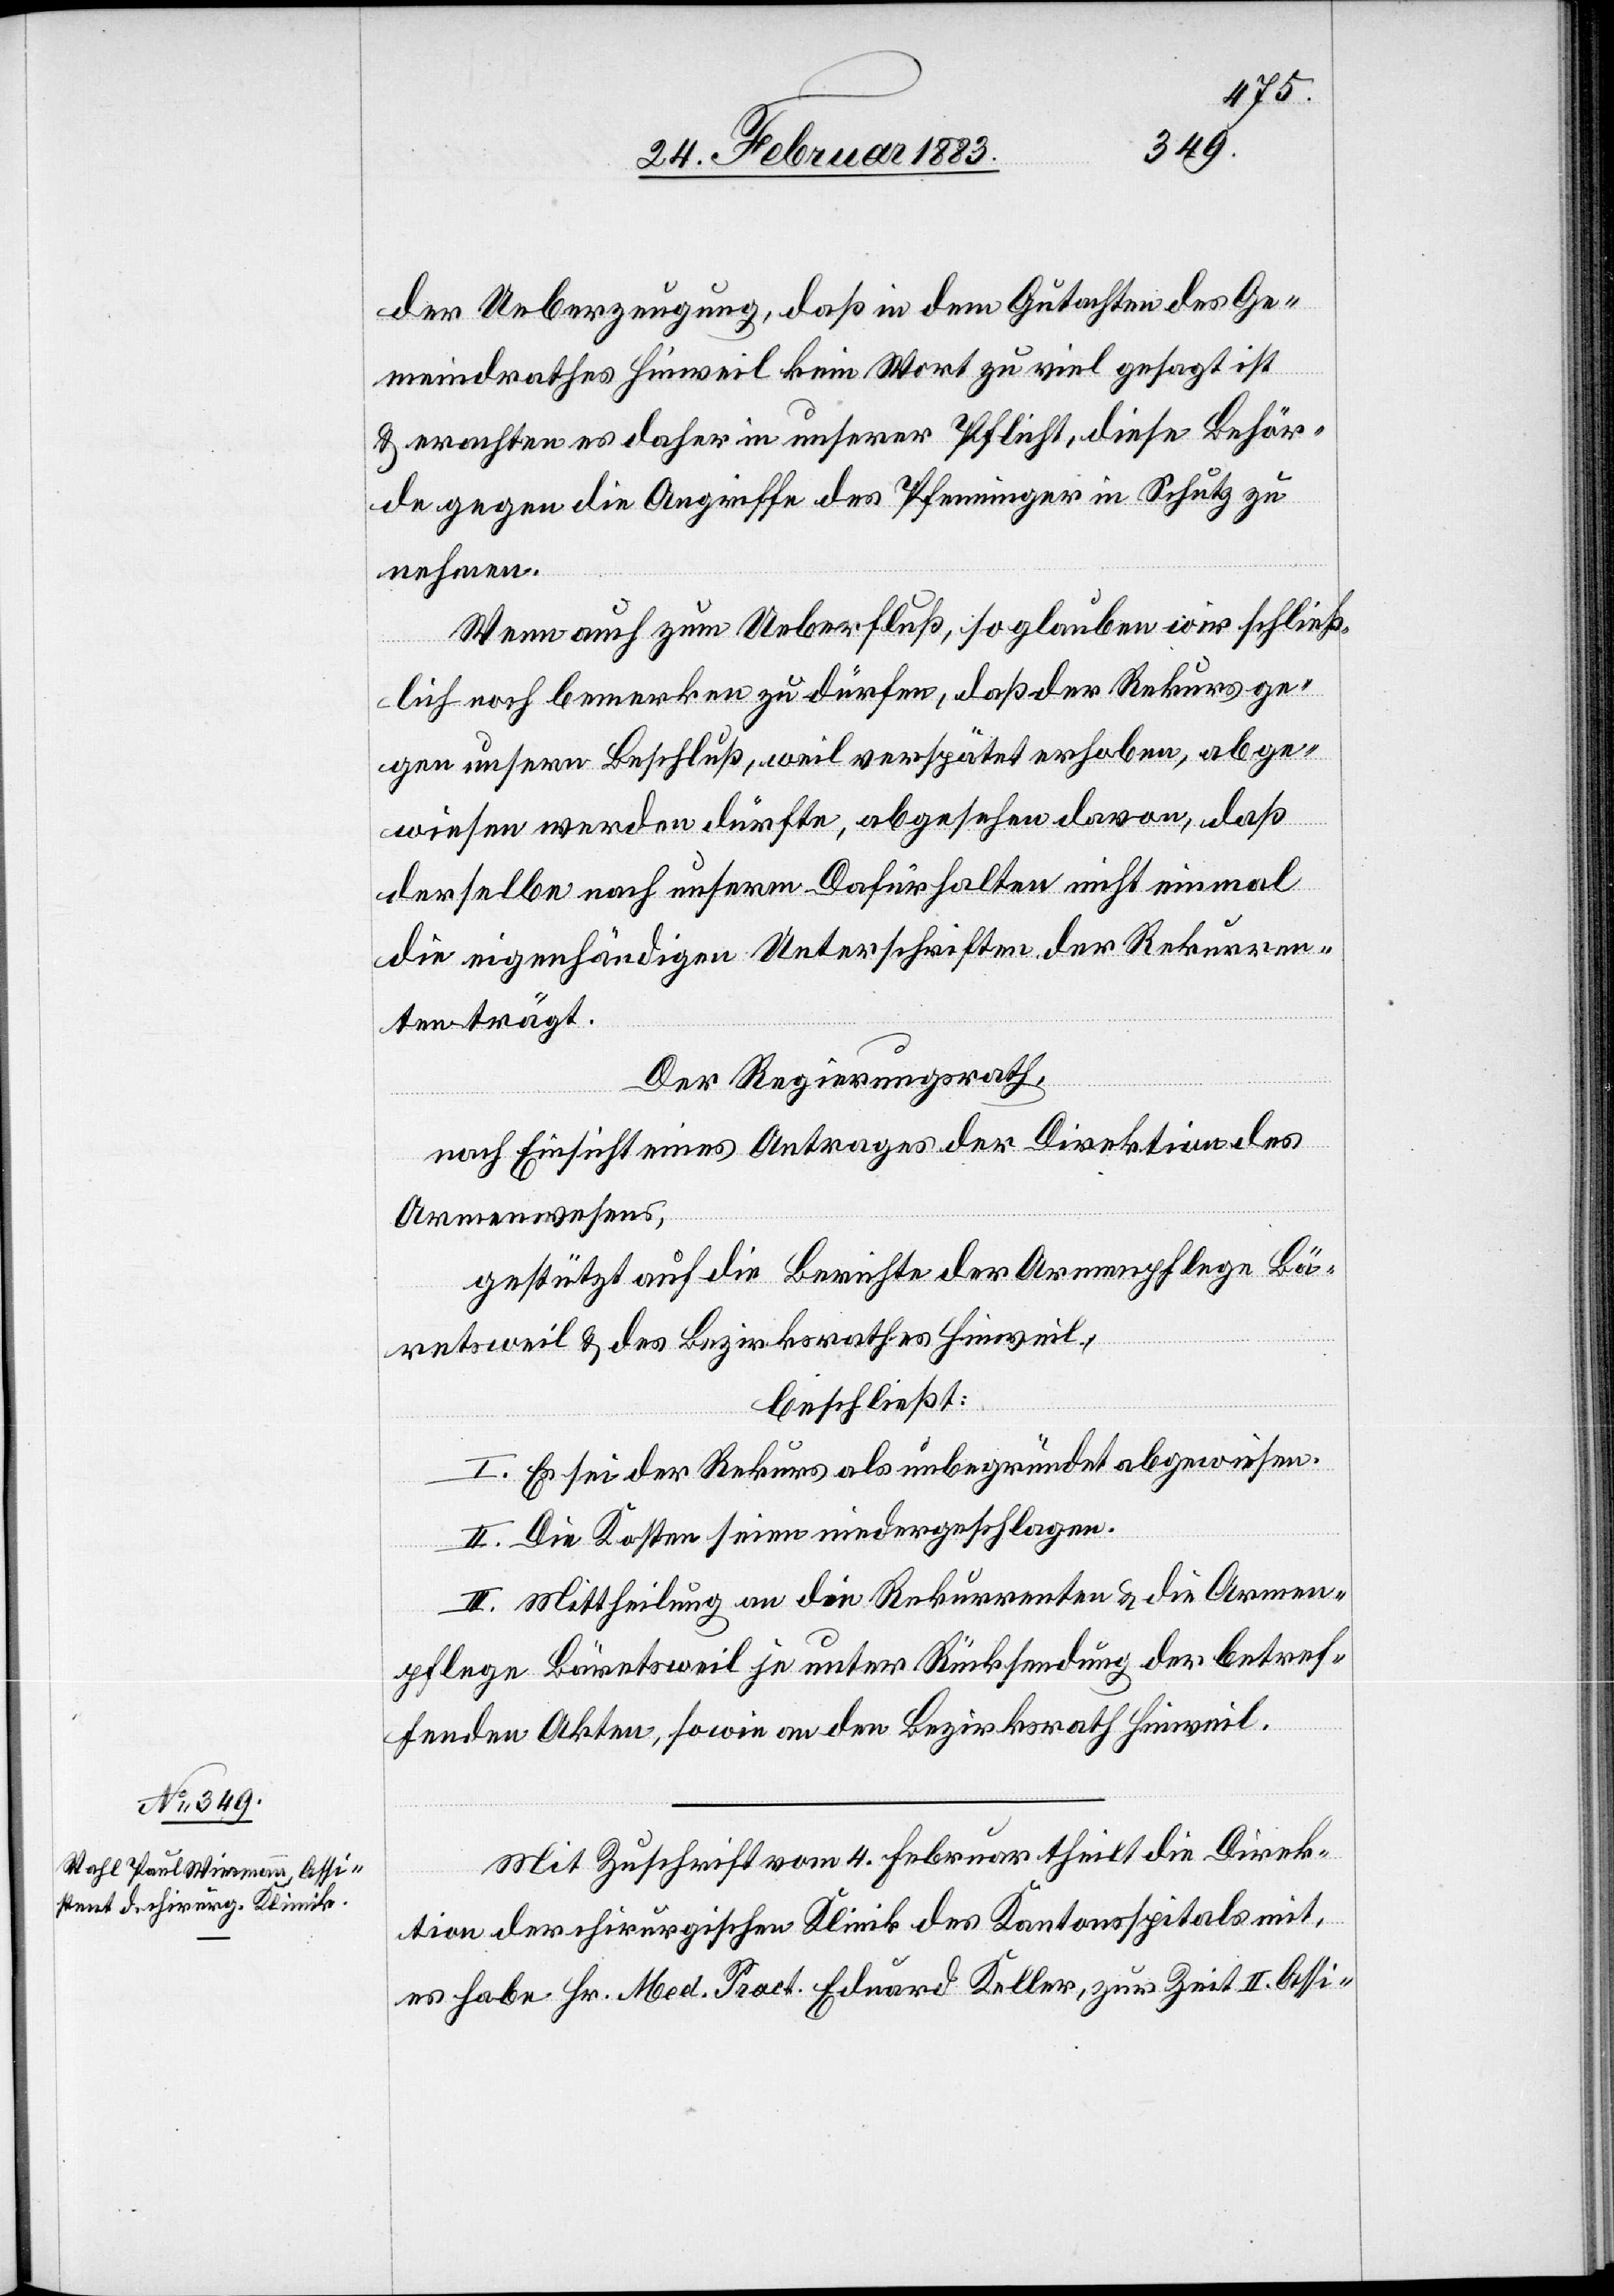
der Ueberzeugung, daß in dem Gutachten des Ge¬
meindrathes Hinweil kein Wort zu viel gesagt ist
& erachten es daher in unserer Pflicht, diese Behör¬
de gegen die Angriffe des Pfenninger in Schutz zu
nehmen.
Wenn auch zum Ueberfluß, so glauben wir schließ¬
lich noch bemerken zu dürfen, daß der Rekurs ge¬
gen unsern Beschluß, weil verspätet erhoben, abge¬
wiesen werden dürfte, abgesehen davon, daß
derselbe nach unserm Dafürhalten nicht einmal
die eigenhändigen Unterschriften der Rekurren¬
ten trägt.
Der Regierungsrath,
nach Einsicht eines Antrages der Direktion des
Armenwesens,
gestützt auf die Berichte der Armenpflege Bä¬
retsweil & des Bezirksrathes Hinweil,
beschließt:
I. Es sei der Rekurs als unbegründet abgewiesen.
II. Die Kosten seien niedergeschlagen.
III. Mittheilung an die Rekurrenten & die Armen¬
pflege Bäretsweil je unter Rücksendung der betref¬
fenden Akten, sowie an den Bezirksrath Hinweil.
Mit Zuschrift vom 4. Februar theilt die Direk¬
tion der chirurgischen Klinik des Kantonsspitals mit,
es habe Hr. Med. Pract. Eduard Keller, zur Zeit II. Assi-